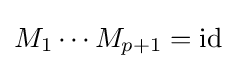
M_{1}\cdots M_{p+1}=\operatorname {id}